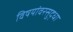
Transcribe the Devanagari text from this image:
विषयांवरसुद्धा